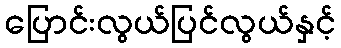
ပြောင်းလွယ်ပြင်လွယ်နှင့်